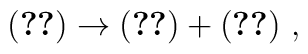
(\ref{zerof}) \rightarrow  (\ref{zerof}) +        (\ref{szerof}) ~ ,